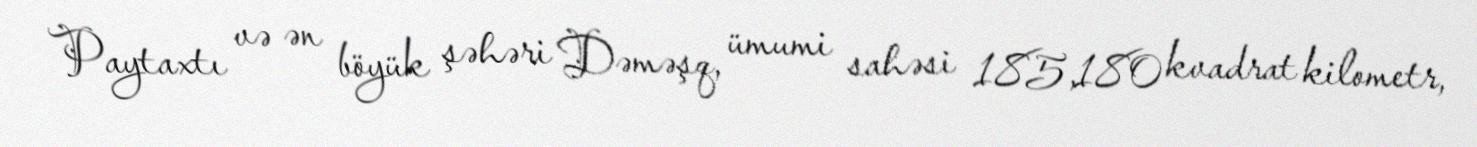
Paytaxtı və ən böyük şəhəri Dəməşq, ümumi sahəsi 185,180 kvadrat kilometr,